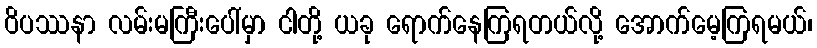
ဝိပဿနာ လမ်းမကြီးပေါ်မှာ ငါတို့ ယခု ရောက်နေကြရတယ်လို့ အောက်မေ့ကြရမယ်၊